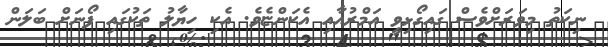
ނިކަތު މިވަރަށްވެސް ގައިގޯޅިވީ އަމްރުއާއި އެކަންޏެވެ. އެކި ހިޔާލު ތަކުގައި ފޯނަށް ބަލަން